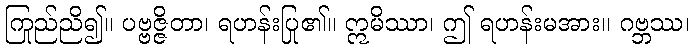
ကြည်ညို၍။ ပဗ္ဗဇ္ဇိတာ၊ ရဟန်းပြု၏။ ဣမိဿာ၊ ဤ ရဟန်းမအား။ ဂဗ္ဘဿ၊